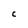
Character: C